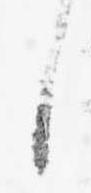
に